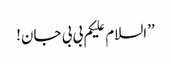
’’السلام علیکم بی بی جان!